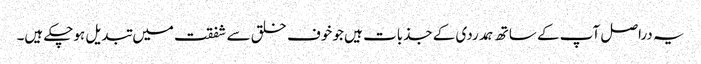
یہ دراصل آپ کے ساتھ ہمدردی کے جذبات ہیں جو خوف خلق سے شفقت میں تبدیل ہوچکے ہیں۔